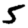
Digit: 5